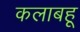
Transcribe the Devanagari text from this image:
कलाबहू